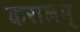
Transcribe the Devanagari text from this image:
करालम्